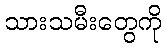
သားသမီးတွေကို